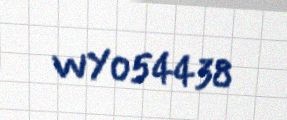
WY054438